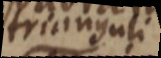
trianguli